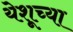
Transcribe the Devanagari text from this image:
येशूच्‍या